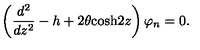
\left( { \frac { d ^ { 2 } } { d z ^ { 2 } } } - h + 2 \theta \mathrm { c o s h } 2 z \right) \varphi _ { n } = 0 .